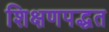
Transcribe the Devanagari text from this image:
शिक्षणपद्धत